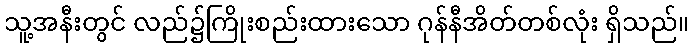
သူ့အနီးတွင် လည်၌ကြိုးစည်းထားသော ဂုန်နီအိတ်တစ်လုံး ရှိသည်။